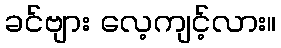
ခင်ဗျား လေ့ကျင့်လား။